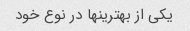
یکی از بهترینها در نوع خود